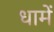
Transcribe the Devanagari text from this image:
धामें